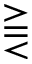
\gtreqqless